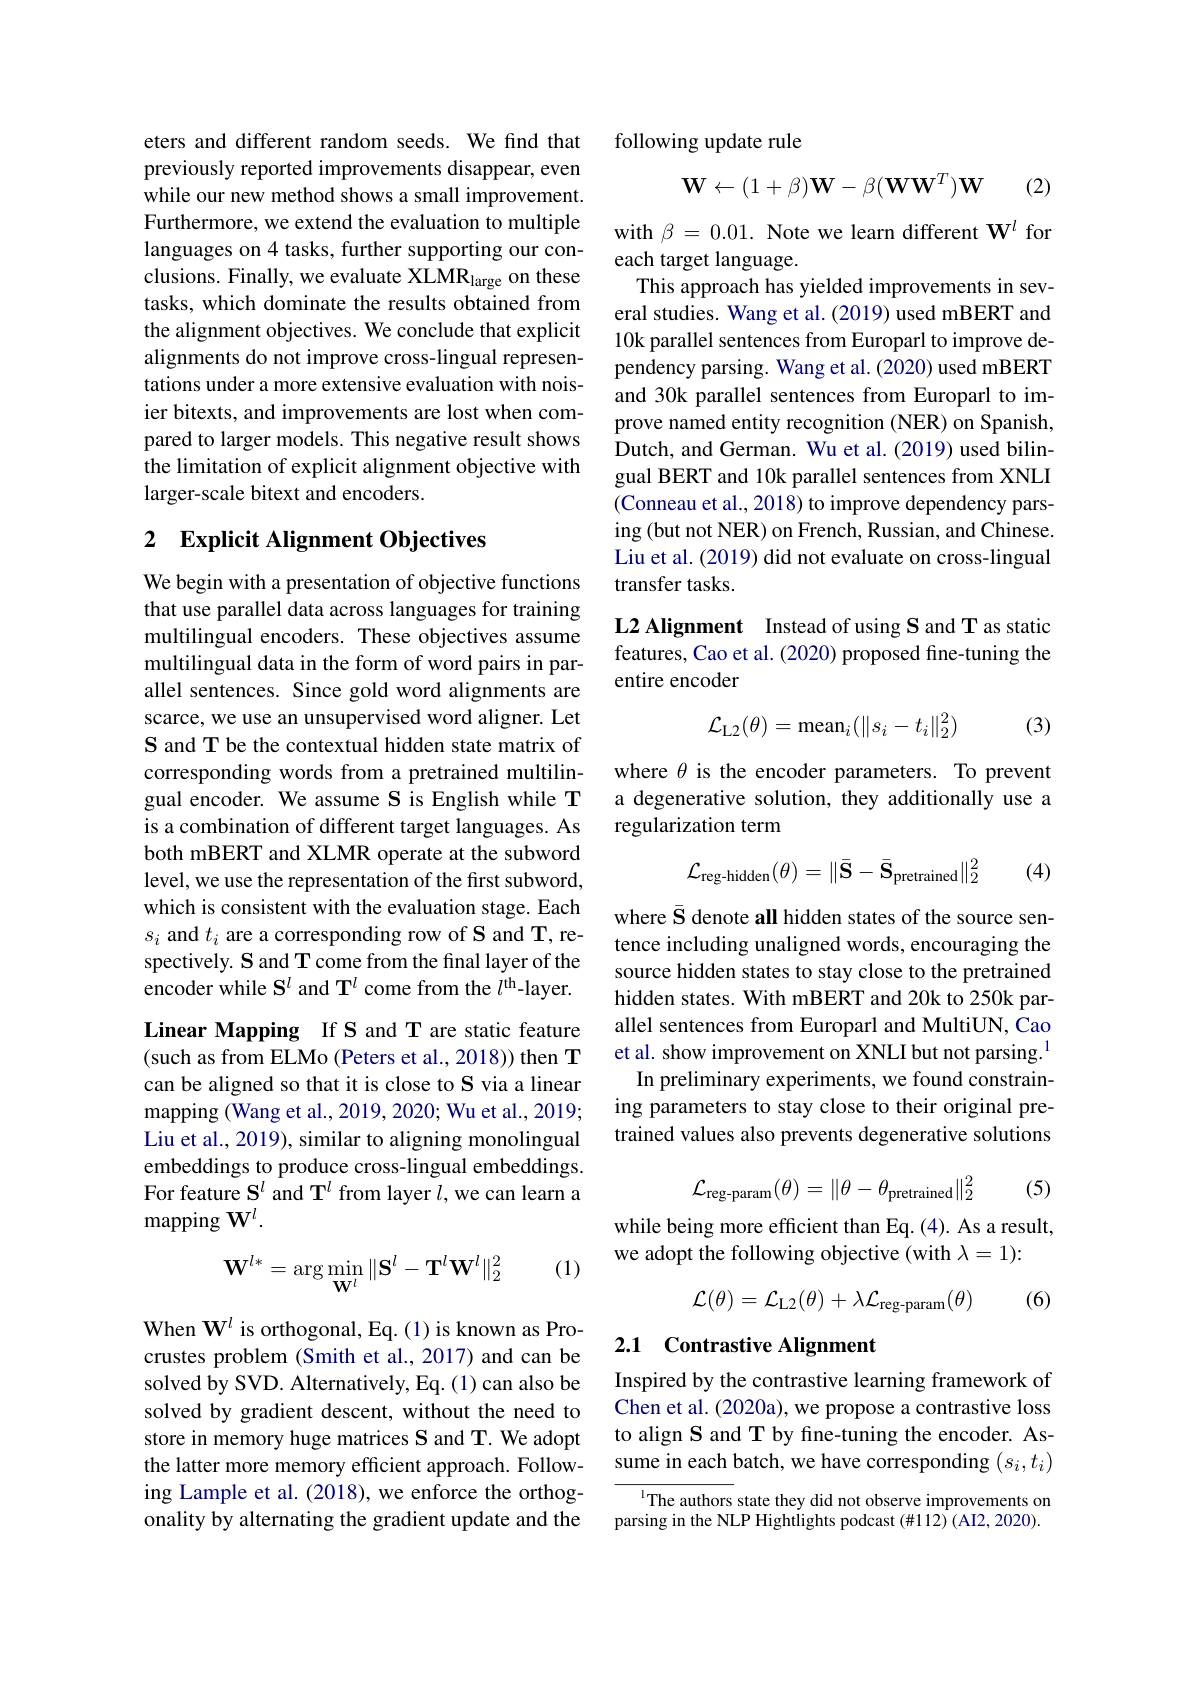
eters and different random seeds. We find that previously reported improvements disappear, even while our new method shows a small improvement. Furthermore, we extend the evaluation to multiple languages on 4 tasks, further supporting our conclusions. Finally, we evaluate XLMR$_\mathrm{large}$ on these tasks, which dominate the results obtained from the alignment objectives. We conclude that explicit alignments do not improve cross-lingual representations under a more extensive evaluation with noisier bitexts, and improvements are lost when compared to larger models. This negative result shows the limitation of explicit alignment objective with larger-scale bitext and encoders.

## 2 Explicit Alignment Objectives

We begin with a presentation of objective functions that use parallel data across languages for training multilingual encoders. These objectives assume multilingual data in the form of word pairs in parallel sentences. Since gold word alignments are scarce, we use an unsupervised word aligner. Let S and T be the contextual hidden state matrix of corresponding words from a pretrained multilingual encoder. We assume S is English while T is a combination of different target languages. As both mBERT and XLMR operate at the subword level, we use the representation of the first subword, which is consistent with the evaluation stage. Each $s_i$ and $t_i$ are a corresponding row of S and T, respectively. S and T come from the final layer of the encoder while $\mathbf{S}^l$ and T$^l$ come from the $l^\mathrm{th}$-layer. Linear Mapping If S and T are static feature (such as from ELMo (Peters et al., 2018)) then T can be aligned so that it is close to S via a linear mapping (Wang et al., 2019, 2020; Wu et al., 2019; Liu et al., 2019), similar to aligning monolingual embeddings to produce cross-lingual embeddings. For feature $\mathbf{S}^l$ and T$^l$ from layer $l$,we can learn a mapping W$^l.$

(1)
$$\mathbf{W}^{l*}=\arg\min_{\mathbf{W}^l}\|\mathbf{S}^l-\mathbf{T}^l\mathbf{W}^l\|_2^2$$
When $\mathbf{W}^l$ is orthogonal, Eq.(1)is known as Procrustes problem (Smith et al.,2017) and can be solved by SVD. Alternatively, Eq. (1) can also be solved by gradient descent, without the need to store in memory huge matrices S and T. We adopt the latter more memory efficient approach. Following Lample et al. (2018), we enforce the orthogonality by alternating the gradient update and the

following update rule
$$\mathbf{W}\leftarrow(1+\beta)\mathbf{W}-\beta(\mathbf{W}\mathbf{W}^T)\mathbf{W}$$
(2)

with $\beta=0.01.$ Note we learn different $\mathbf{W}^{l}$ for
each target language.
This approach has yielded improvements in several studies. Wang et al. (2019) used mBERT and 10k parallel sentences from Europarl to improve dependency parsing. Wang et al. (2020) used mBERT and 30k parallel sentences from Europarl to improve named entity recognition (NER) on Spanish, Dutch, and German. Wu et al. (2019) used bilingual BERT and 10k parallel sentences from XNLI (Conneau et al., 2018) to improve dependency parsing (but not NER) on French, Russian, and Chinese. Liu et al. (2019) did not evaluate on cross-lingual transfer tasks.

L2 Alignment Instead of using S and T as static features, Cao et al. (2020) proposed fine-tuning the### entire encoder
$$\mathcal{L}_{\text{L}2}(\theta)=\text{mean}_i(\|s_i-t_i\|_2^2)$$
(3)

where $\theta$ is the encoder parameters. To prevent a degenerative solution, they additionally use a regularization term
$$\mathcal{L}_{\text{reg-hidden}}(\theta)=\|\bar{\mathbf{S}}-\bar{\mathbf{S}}_{\text{pretrained}}\|_{2}^{2}$$
(4)

where $\bar{\mathbf{S}}$ denote all hidden states of the source sentence including unaligned words, encouraging the source hidden states to stay close to the pretrained hidden states. With mBERT and 20k to 250k parallel sentences from Europarl and MultiUN, Cao et al. show improvement on XNLI but not parsing.$^{1}$ In preliminary experiments, we found constraining parameters to stay close to their original pretrained values also prevents degenerative solutions

(5)
$$\mathcal{L}_{\text{reg-param}}(\theta)=\|\theta-\theta_{\text{pretrained}}\|_2^2$$
while being more efficient than Eq. (4). As a result,
we adopt the following objective (with $\lambda=1){:}$
$$\mathcal{L}(\theta)=\mathcal{L}_{\text{L}2}(\theta)+\lambda\mathcal{L}_{\text{reg-param}}(\theta)$$
(6)

# 2.1 Contrastive Alignment

Inspired by the contrastive learning framework of Chen et al. (2020a), we propose a contrastive loss to align S and T by fine-tuning the encoder. Assume in each batch, we have corresponding $(s_i,t_i)$

The authors state they did not observe improvements on parsing in the NLP Hightlights podcast (#112) (AI2, 2020).